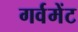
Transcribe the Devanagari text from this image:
गर्वमेंट